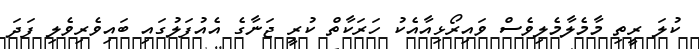
ކުލަ ރީތި މާމެލާމެލިވެސް ވައިރޯޅިއާއެކު ހަރަކާތް ކުރީ ޖަނާގެ އެއުފަލުގައި ބައިވެރިވެލި ފަދަ